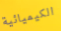
الكيميائية